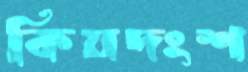
কিয়দংশ